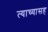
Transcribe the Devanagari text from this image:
त्याच्यासह